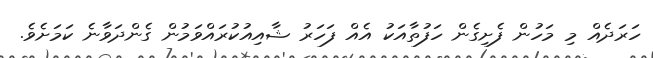
ހަރަދެއް މި މަހުން ފެށިގެން ހަފުތާއަކު އެއް ފަހަރު ޝާއިއުކުރައްވަމުން ގެންދަވާނެ ކަމަށެވެ.